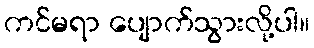
ကင်မရာ ပျောက်သွားလို့ပါ။